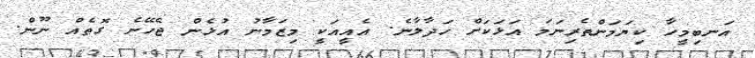
އަނބިމީހާ ކިޔަމަންތެރިނަމަ އަޅަކަށް ހަދާލާނެ. އެއީއަކީ މިޒަމާނު އުޅެން ޖެހޭނެ ގޮތެއް ނޫން.